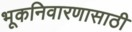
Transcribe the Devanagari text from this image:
भूकनिवारणासाठी